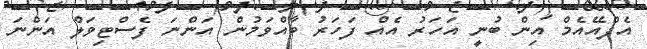
އެފްއޭއެމް އިން ބުނީ އަހަރު އެއް ފަހަރު ބާއްވަމުން އަންނަ ފެސްޓިވަލް އަންނަ